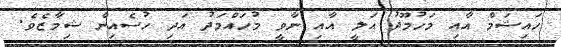
ހައިޝަމް އާއި މަހުމޫދު އަލީ އާއި ނާވީ މުހައްމަދު އަދި ހުސެއިން ޝިމާޒެވެ.